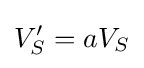
V_{S}^{\prime }=aV_{S}